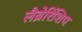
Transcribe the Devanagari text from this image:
लैब्रेरिंशिप